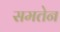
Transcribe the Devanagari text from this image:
समतेन